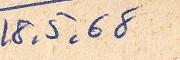
18. 5. 68